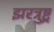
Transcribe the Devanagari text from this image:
झरत्रुष्ट्र